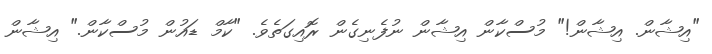
"އިޝާން. އިޝާން!" މުސްކާން އިޝާން ނުފެނިގެން ރޮއިގަތެވެ. "ކާމް ޑައުން މުސްކާން." އިޝާން